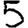
Digit: 5